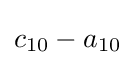
c_{10}-a_{10}